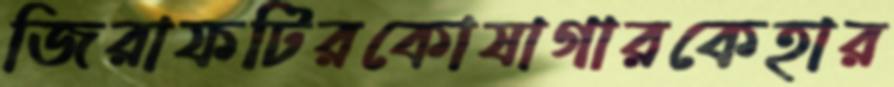
জিরাফটিরকোষাগারকেহার